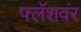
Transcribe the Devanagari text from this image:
फ्लॅशवर